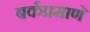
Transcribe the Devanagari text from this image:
बर्कप्रमाणे